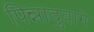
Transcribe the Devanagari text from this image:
पिन्नादुवागे